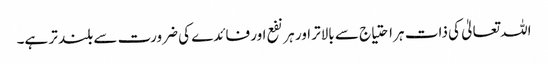
اللہ تعالیٰ کی ذات ہر احتیاج سے بالاتر اور ہر نفع اور فائدے کی ضرورت سے بلند تر ہے۔